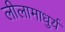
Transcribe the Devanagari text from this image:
लीलामाधुर्य